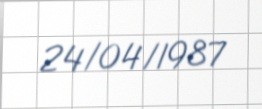
24/04/1987